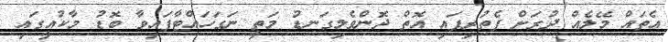
އެތައް މޭލެއް ދުރަށް ފެތުރިފައި އޮތް ދޮންވެލިގަނޑު މަތީ ނަގަހައްޓާފައިވާ ބޮޑު މާކުއީގައި